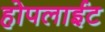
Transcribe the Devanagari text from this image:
होपलाईट